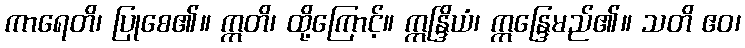
ကာရေတိ၊ ပြုစေ၏။ ဣတိ၊ ထို့ကြောင့်။ ဣန္ဒြိယံ၊ ဣန္ဒြေမည်၏။ သတိ ဧဝ၊